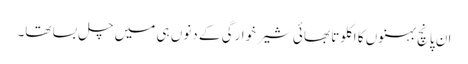
ان پانچ بہنوں کا اکلوتا بھائی شیر خوارگی کے دنوں ہی میں چل بسا تھا۔